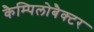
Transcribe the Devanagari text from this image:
कैम्पिलोबैक्टर